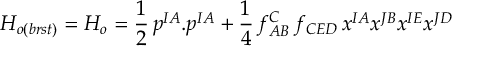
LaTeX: { \cal H } _ { o ( b r s t ) } = { \cal H } _ { o } = \frac { 1 } { 2 } \, p ^ { I A } . p ^ { I A } + \frac { 1 } { 4 } \, f _ { A B } ^ { C } \, f _ { C E D } \, x ^ { I A } x ^ { J B } x ^ { I E } x ^ { J D }